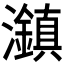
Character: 𤄱